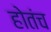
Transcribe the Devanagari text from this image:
होतंच